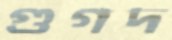
গুগদ